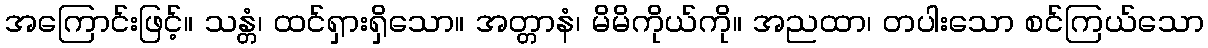
အကြောင်းဖြင့်။ သန္တံ၊ ထင်ရှားရှိသော။ အတ္တာနံ၊ မိမိကိုယ်ကို။ အညထာ၊ တပါးသော စင်ကြယ်သော